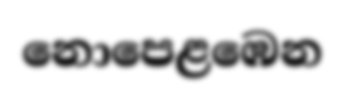
නොපෙළඹෙන